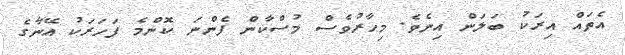
އެތައް އިރަކު ބަލަން އިނެވެ. މިހާރުވެސް މުސްކާން ފެންނަ ކޮންމެ ފަހަރަކު އޭނާގެ